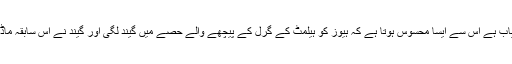
اعلامیے میں کہا گیا کہ جو فوٹیج ابھی دستیاب ہے اس سے ایسا محسوس ہوتا ہے کہ ہیوز کو ہیلمٹ کے گرل کے پیچھے والے حصے میں گیند لگی اور گیند نے اس سابقہ ماڈل والے ہیلمٹ کو مکمل طور پر مس کردیا۔